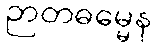
ဉာတဓမ္မေန